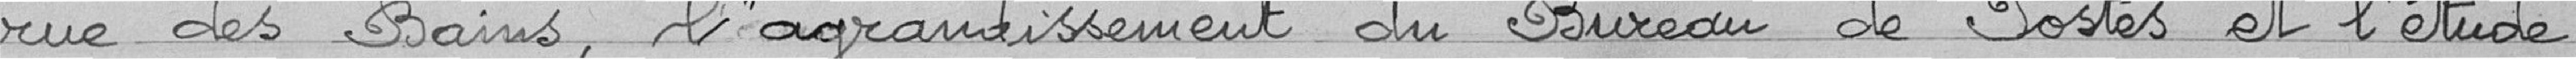
rue des Bains, l'agrandissement du Bureau des postes et l'étude